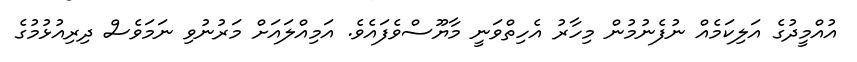
އުއްމީދުގެ އަލިކަމެއް ނުފެނުމުން މިހާރު އެހިތްވަނީ މާޔޫސްވެފައެވެ. އަމިއްލައަށް މަރުނުވި ނަމަވެސް ދިރިއުޅުމުގެ